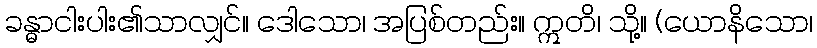
ခန္ဓာငါးပါး၏သာလျှင်။ ဒေါသော၊ အပြစ်တည်း။ ဣတိ၊ သို့။ (ယောနိသော၊